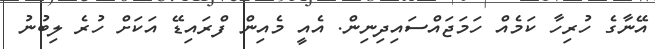
އޭނާގެ ހުރިހާ ކަމެއް ހަމަޖައްސައިދިނިން. އެއީ މެއިން ފްރައިޑޭ އަކަށް ހުރެ ލިބުނު